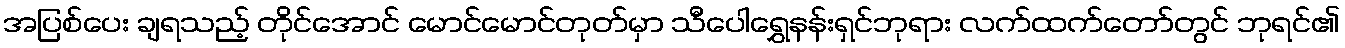
အပြစ်ပေး ချရသည့် တိုင်အောင် မောင်မောင်တုတ်မှာ သီပေါရွှေနန်းရှင်ဘုရား လက်ထက်တော်တွင် ဘုရင်၏